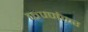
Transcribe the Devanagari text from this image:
कण्णंकर